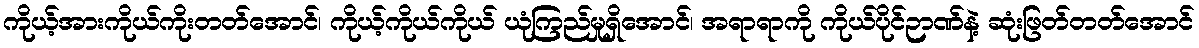
ကိုယ့်အားကိုယ်ကိုးတတ်အောင်၊ ကိုယ့်ကိုယ်ကိုယ် ယုံကြည်မှုရှိအောင်၊ အရာရာကို ကိုယ်ပိုင်ဉာဏ်နဲ့ ဆုံးဖြတ်တတ်အောင်